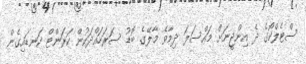
ސްޓެލްކޯގެ ދެ އިންޖީނަށް މައްސަލަ ދިމާވެ މާލޭގެ ބޮޑު ސަރަހައްދަކުން ކަރަންޓް ކަނޑައިގެން